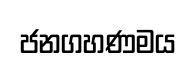
ජනගහණමය